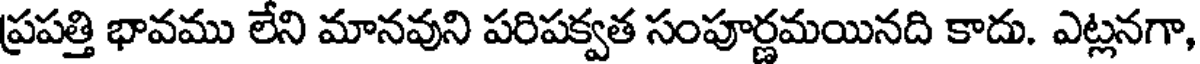
ప్రపత్తి భావము లేని మానవుని పరిపక్వత సంపూర్ణమయినది కాదు. ఎట్లనగా,